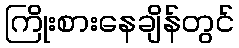
ကြိုးစားနေချိန်တွင်